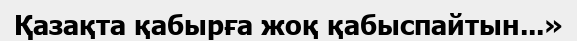
Қазақта қабырға жоқ қабыспайтын...»